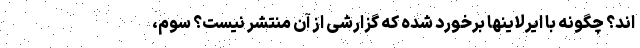
اند؟ چگونه با ایرلاینها برخورد شده که گزارشی از آن منتشر نیست؟ سوم،